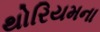
થોરિયમના